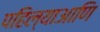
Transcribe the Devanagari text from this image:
पहिल्याआणि